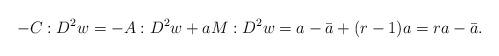
LaTeX: \begin{align*}-C:D^2 w = -A:D^2 w + aM:D^2 w = a-\bar{a} + (r-1)a = ra - \bar{a}.\end{align*}